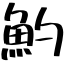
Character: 魡